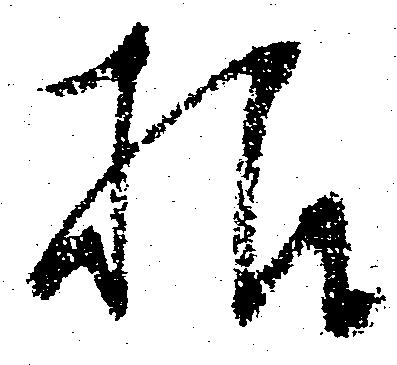
様